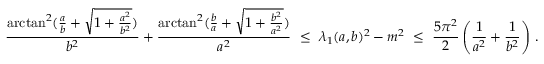
\frac { \arctan ^ { 2 } ( \frac { a } { b } + \sqrt { 1 + \frac { a ^ { 2 } } { b ^ { 2 } } } ) } { b ^ { 2 } } + \frac { \arctan ^ { 2 } ( \frac { b } { a } + \sqrt { 1 + \frac { b ^ { 2 } } { a ^ { 2 } } } ) } { a ^ { 2 } } \ \leq \ \lambda _ { 1 } ( a , b ) ^ { 2 } - m ^ { 2 } \ \leq \ \frac { 5 \pi ^ { 2 } } { 2 } \left( \frac { 1 } { a ^ { 2 } } + \frac { 1 } { b ^ { 2 } } \right) \, .